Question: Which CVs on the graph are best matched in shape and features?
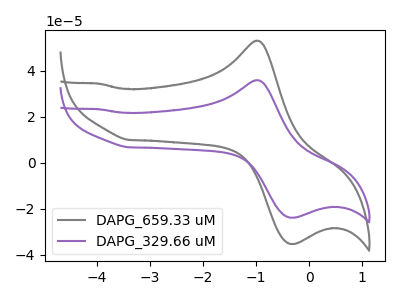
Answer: <think>The gray curve "DAPG_659.33 uM" has an anodic peak at (-1.00V, 53.05uA) and a cathodic peak at (-0.25V, -35.30uA). The purple curve "DAPG_329.66 uM" has an anodic peak at (-1.00V, 35.85uA) and a cathodic peak at (-0.25V, -23.90uA).
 All the peaks in "DAPG_659.33 uM" have a peak in "DAPG_329.66 uM" at the same potential. Every peak in "DAPG_659.33 uM" is higher than every peak in "DAPG_329.66 uM".</think>
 <answer>"DAPG_329.66 uM" and "DAPG_659.33 uM" have the same shape and are likely CV's of the same chemical.</answer>
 <eval>"DAPG_329.66 uM" "DAPG_659.33 uM"</eval>